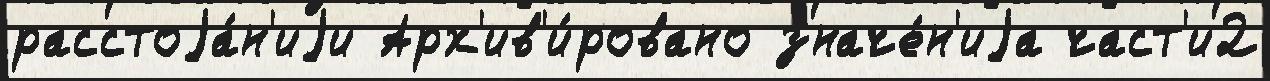
расстоjа́н'иjи Арх'ив'и́ровано значе́н'иjа част'и2